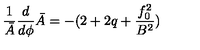
\frac { 1 } { \bar { A } } \frac { d } { d \phi } \bar { A } = - ( 2 + 2 q + \frac { f _ { 0 } ^ { 2 } } { B ^ { 2 } } )